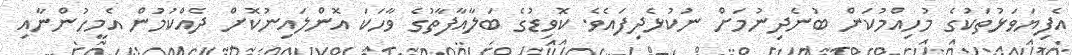
އެފިޔަވަޅުތަކުގެ މުހިއްމުކަން ބުނެދިނުމަށް ނުކުޅެދިފައެވެ. ކޮވިޑުގެ ބަލާއާފާތުގެ ވާހަކަ އޮންލައިނުކޮށް ދެއްކުމުން އެމީހުންނާއި